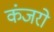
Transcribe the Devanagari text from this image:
कंजरो